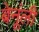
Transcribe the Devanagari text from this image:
बेनूंली